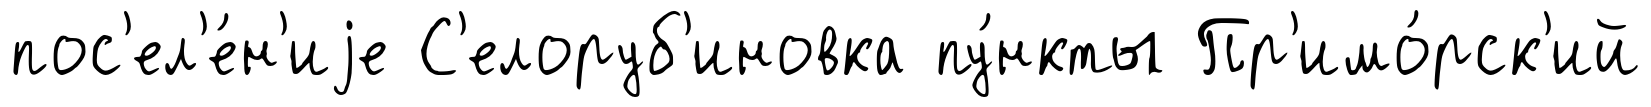
пос'ел'е́н'иjе С'елоруб'иновка пу́нкты Пр'имо́рск'ий